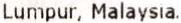
LUMPUR, MALAYSIA.